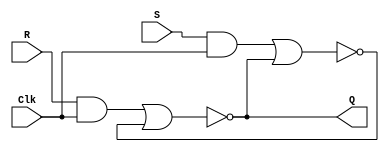
module lab3_part1 (Clk, R, S, Q);
input Clk, R, S; 
output Q;
wire R_g, S_g, Qa, Qb /* synthesis keep */ ;
assign R_g = R & Clk; 
assign S_g = S & Clk; 
assign Qa =~(R_g|Qb); 
assign Qb =~(S_g|Qa);
assign Q = Qa;
endmodule